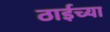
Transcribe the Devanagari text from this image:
ठाईच्या